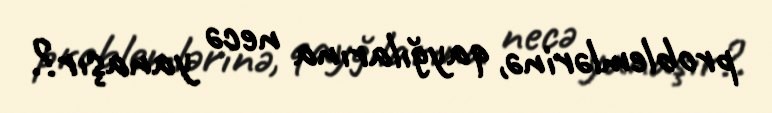
problemlərinə, qayğılarına necə yanaşır?.